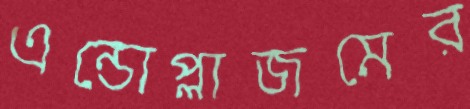
এন্ডোপ্লাজমের